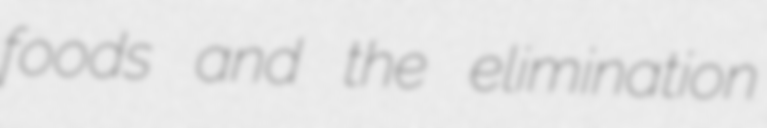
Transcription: foods and the elimination